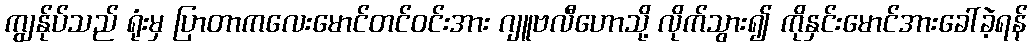
ကျွန်ုပ်သည် ရုံးမှ ပြာတာကလေးမောင်တင်ဝင်းအား ဂျူဗလီဟောသို့ လိုက်သွား၍ ကိုနှင်းမောင်အားခေါ်ခဲ့ရန်